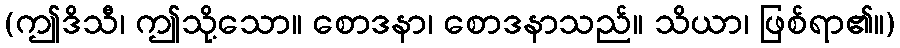
(ဤဒိသီ၊ ဤသို့သော။ စောဒနာ၊ စောဒနာသည်။ သိယာ၊ ဖြစ်ရာ၏။)